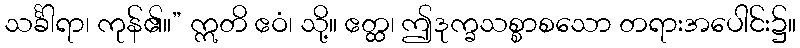
သင်္ခါရာ၊ ကုန်၏။” ဣတိ ဧဝံ၊ သို့။ ဧတ္ထ၊ ဤဒုက္ခသစ္စာစသော တရားအပေါင်း၌။